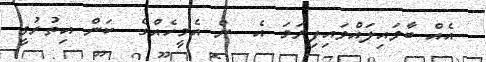
އެއް ބާވައިލައްވައިފިނަމަ އެ  ން އެމީހެއްގެ  ކަން އިތުރުވީ